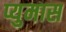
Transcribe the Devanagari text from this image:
प्युमास